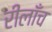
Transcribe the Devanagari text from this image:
रीलाँच